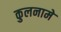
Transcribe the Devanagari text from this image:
कुलनामे